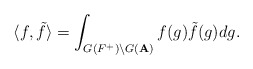
\begin{align*}\langle f, \tilde{f}\rangle =\int_{G(F^+)\backslash G({\bf A})}f(g)\tilde{f}(g)dg.\end{align*}